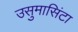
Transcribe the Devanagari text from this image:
उसुमासिंटा